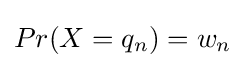
Pr(X=q_{n})=w_{n}